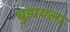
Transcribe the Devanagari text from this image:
बुडायला